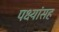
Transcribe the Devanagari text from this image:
पक्ष्यांसह